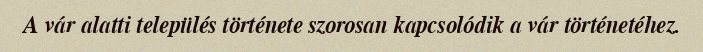
A vár alatti település története szorosan kapcsolódik a vár történetéhez.